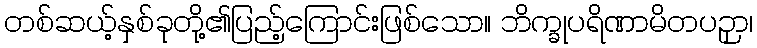
တစ်ဆယ့်နှစ်ခုတို့၏ပြည့်ကြောင်းဖြစ်သော။ ဘိက္ခုပရိဏာမိတပဉှာ၊